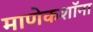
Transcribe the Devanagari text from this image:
माणेकशॉना